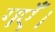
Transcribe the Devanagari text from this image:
गएँ।